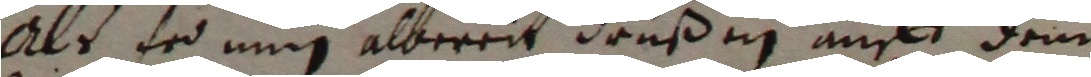
Als frd nug albereit wrüßen auff dem